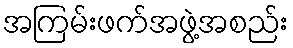
အကြမ်းဖက်အဖွဲ့အစည်း